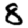
Digit: 8